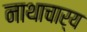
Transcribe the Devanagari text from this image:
नाथाचार्य